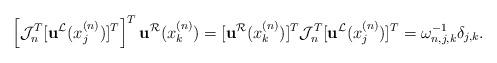
LaTeX: \begin{align*}\left[\mathcal{J}_n^T[\mathbf{u}^{\mathcal{L}}(x_j^{(n)})]^T\right]^T \mathbf{u}^{\mathcal{R}}(x_k^{(n)})=[ \mathbf{u}^{\mathcal{R}}(x_k^{(n)})]^T \mathcal{J}_n^T [\mathbf{u}^{\mathcal{L}}(x_j^{(n)})]^T = \omega_{n,j,k}^{-1}\delta_{j,k}.\end{align*}